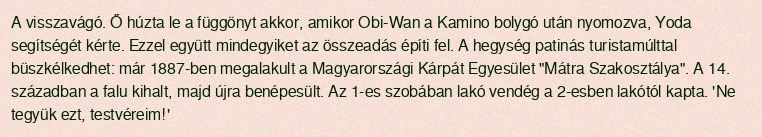
A visszavágó. Ő húzta le a függönyt akkor, amikor Obi-Wan a Kamino bolygó után nyomozva, Yoda segítségét kérte. Ezzel együtt mindegyiket az összeadás építi fel. A hegység patinás turistamúlttal büszkélkedhet: már 1887-ben megalakult a Magyarországi Kárpát Egyesület "Mátra Szakosztálya". A 14. században a falu kihalt, majd újra benépesült. Az 1-es szobában lakó vendég a 2-esben lakótól kapta. 'Ne tegyük ezt, testvéreim!'